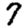
Digit: 7